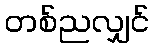
တစ်ညလျှင်